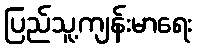
ပြည်သူ့ကျန်းမာရေး